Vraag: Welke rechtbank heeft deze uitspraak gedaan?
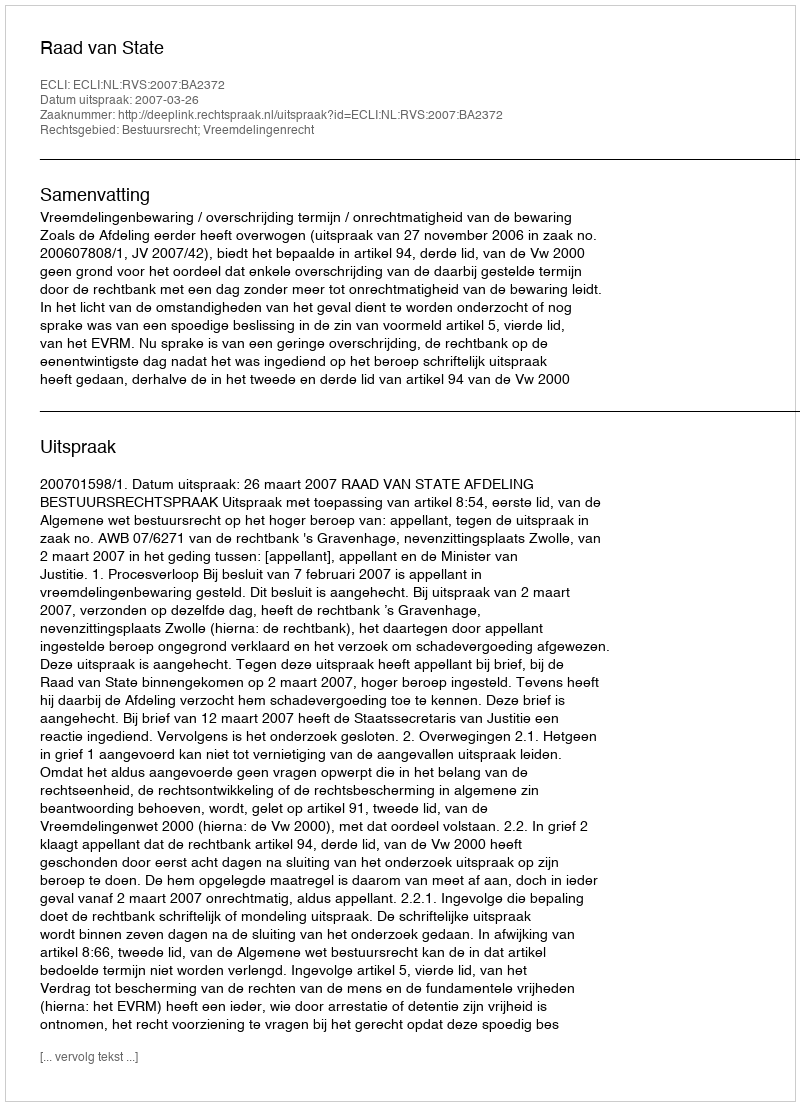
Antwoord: Raad van State